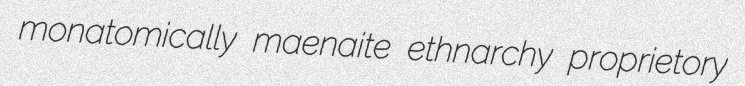
monatomically maenaite ethnarchy proprietory